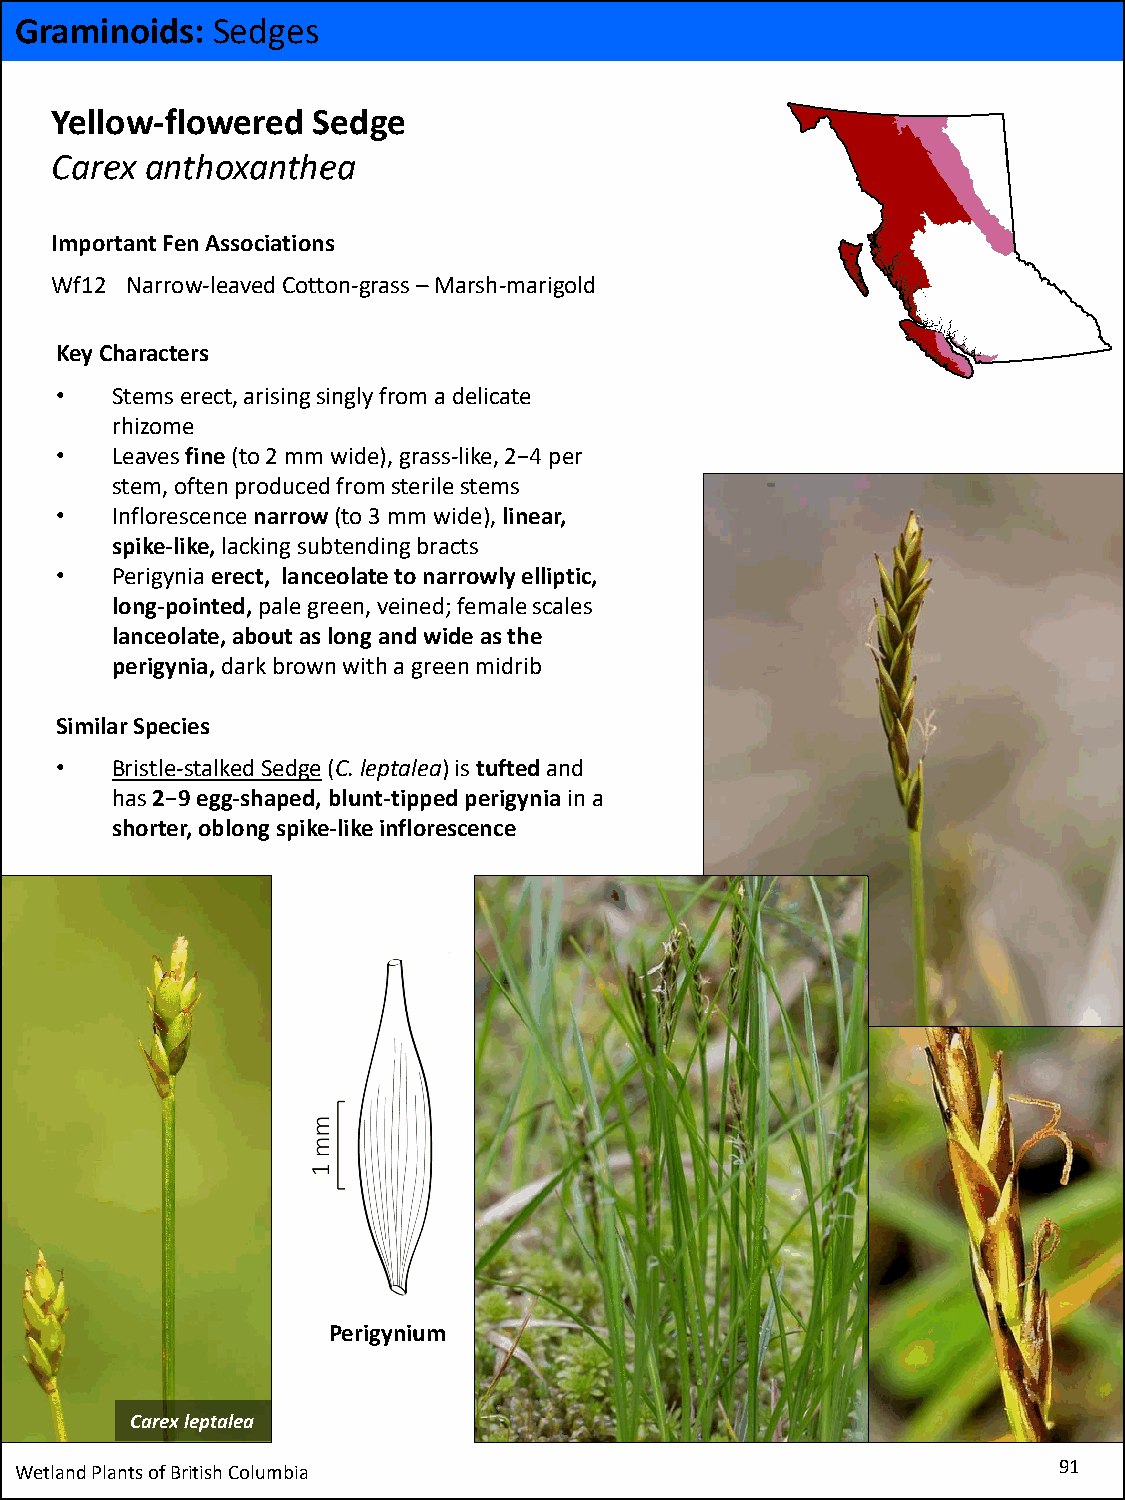
Graminoids:  Sedges
 Yellow-flowered   Sedge
 Carex  anthoxanthea
 Important Fen Associations
 Wf12 Narrow-leaved Cotton-grass –Marsh-marigold
 Key Characters
 •  Stems erect, arising singly from a delicate
 rhizome
 •  Leaves fine (to 2 mm wide), grass-like, 2−4 per
 stem, often produced from sterile stems
 •  Inflorescence narrow(to 3 mm wide), linear,
 spike-like, lacking subtending bracts
 •  Perigynia erect, lanceolate to narrowly elliptic,
 long-pointed,pale green, veined; female scales
 lanceolate, about as long and wide as the
 perigynia,dark brown with a green midrib
 Similar Species
 •  Bristle-stalked Sedge(C. leptalea) is tuftedand
 has 2−9 egg-shaped, blunt-tipped perigyniain a
 shorter, oblong spike-like inflorescence
 Perigynium
 Carexleptalea
 Wetland Plants of British Columbia                                   91